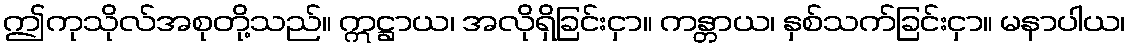
ဤကုသိုလ်အစုတို့သည်။ ဣဋ္ဌာယ၊ အလိုရှိခြင်းငှာ။ ကန္တာယ၊ နှစ်သက်ခြင်းငှာ။ မနာပါယ၊